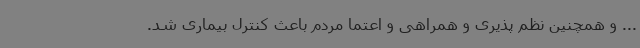
... و همچنین نظم‌ پذیری و همراهی و اعتما مردم باعث کنترل بیماری شد.